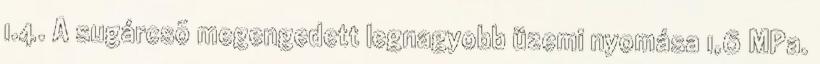
1.4. A sugárcsõ megengedett legnagyobb üzemi nyomása 1,6 MPa.